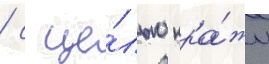
/ с це́лью кра́жи